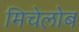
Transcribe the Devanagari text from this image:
मिचेलोब